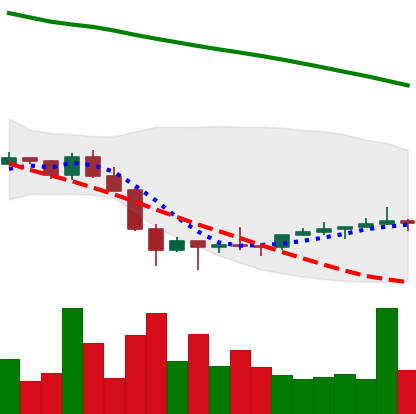
Ticker: NEO-USD
Chart end date: 2022-02-03
Forward return: 14.703%
Label: up_7plus